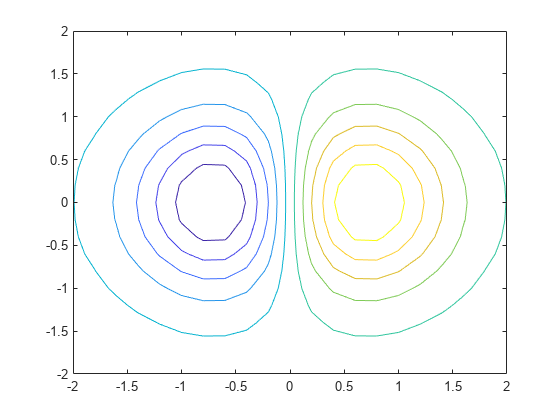
matlab, contour